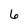
Character: 6